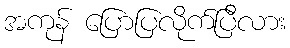
အကုန် ပြောပြလိုက်ပြီလား